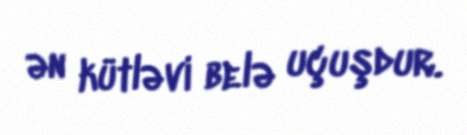
ən kütləvi belə uçuşdur.